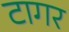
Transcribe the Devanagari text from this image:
टागर